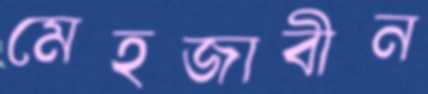
মেহজাবীন